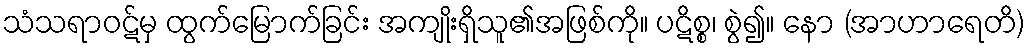
သံသရာဝဋ်မှ ထွက်မြောက်ခြင်း အကျိုးရှိသူ၏အဖြစ်ကို။ ပဋိစ္စ၊ စွဲ၍။ နော (အာဟာရေတိ)